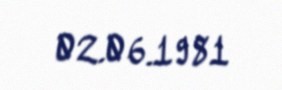
02.06.1981